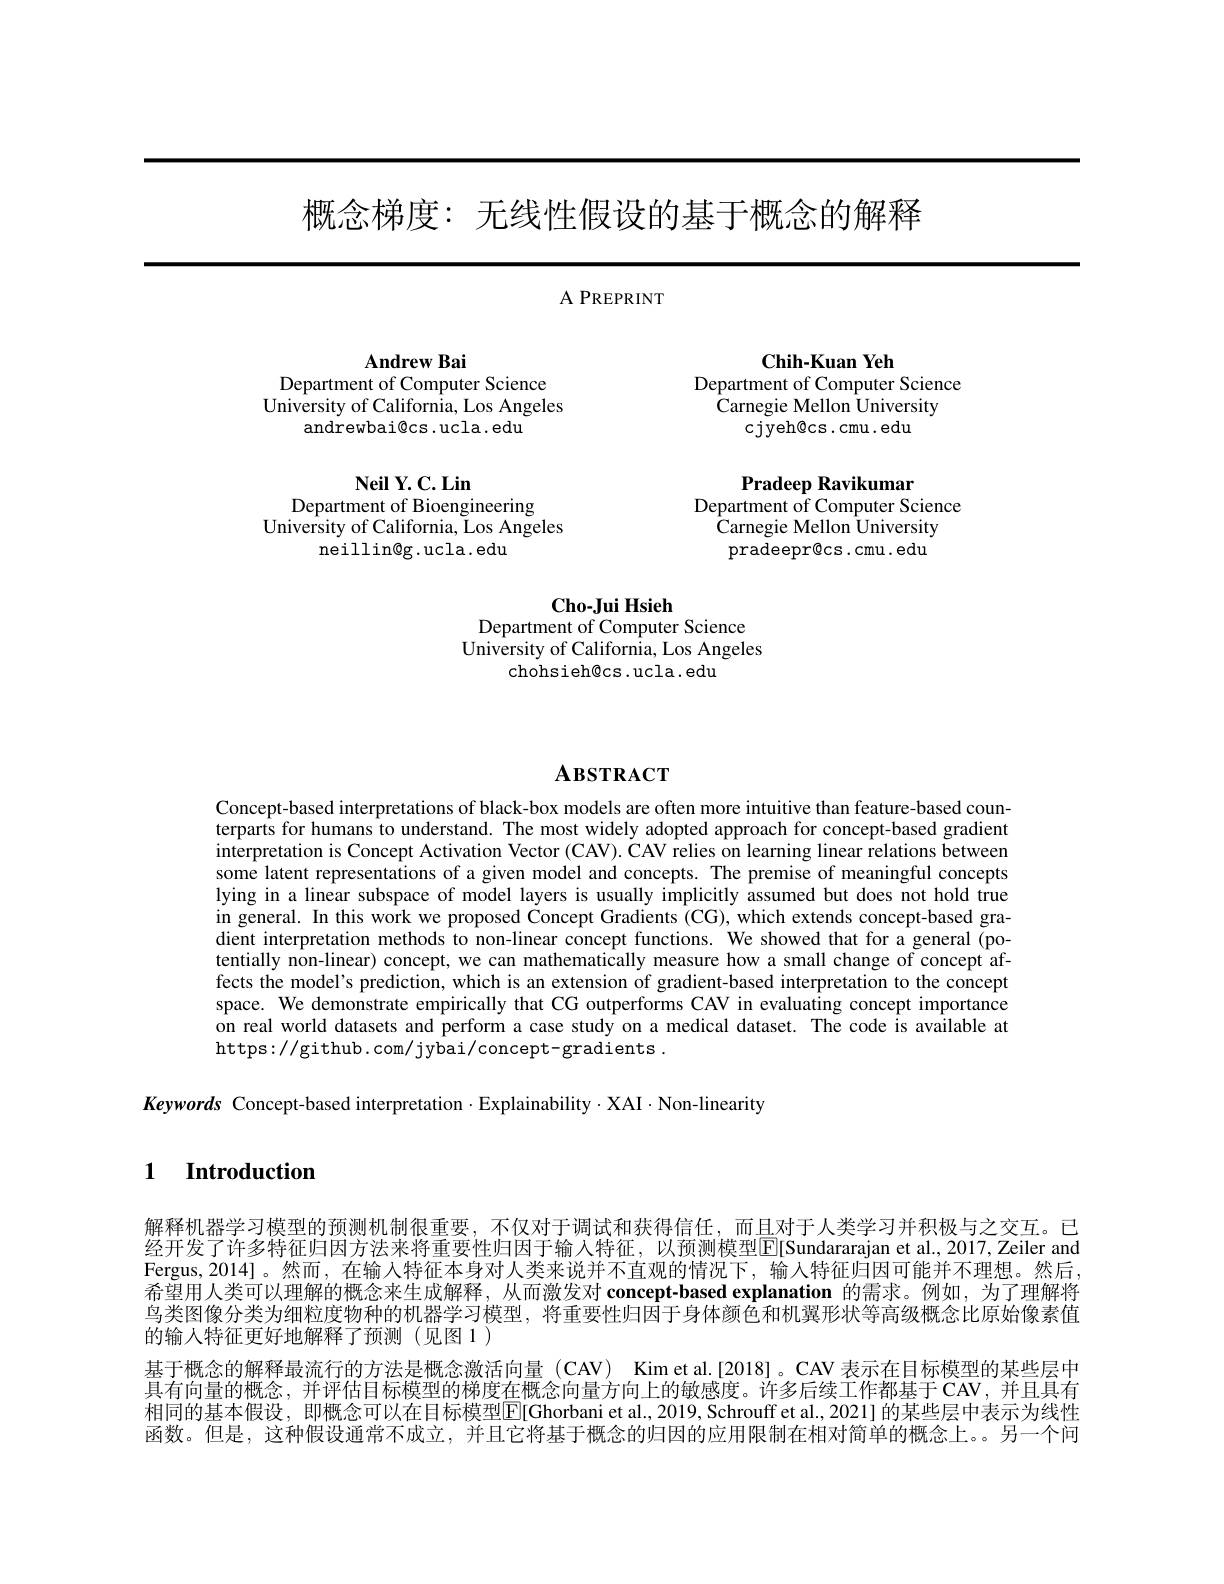
概念梯度：无线性假设的基于概念的解释

A PREPRINT

<FigureHere>

# $\mathbf{ABSTRACT}$

Concept-based interpretations of black-box models are often more intuitive than feature-based counterparts for humans to understand. The most widely adopted approach for concept-based gradient interpretation is Concept Activation Vector (CAV). CAV relies on learning linear relations between some latent representations of a given model and concepts. The premise of meaningful concepts lying in a linear subspace of model layers is usually implicitly assumed but does not hold true in general. In this work we proposed Concept Gradients (CG), which extends concept-based gradient interpretation methods to non-linear concept functions. We showed that for a general (potentially non-linear) concept, we can mathematically measure how a small change of concept affects the model's prediction, which is an extension of gradient-based interpretation to the concept space. We demonstrate empirically that CG outperforms CAV in evaluating concept importance on real world datasets and perform a case study on a medical dataset. The code is available at https://github.com/jybai/concept-gradients.

Keywords Concept-based interpretation $\cdot$Explainability$\cdot$XAI·Non-linearity

$\textbf{1}$ $\textbf{Introduction}$

解释机器学习模型的预测机制很重要，不仅对于调试和获得信任，而且对于人类学习并积极与之交互。已经开发了许多特征归因方法来将重要性归因于输入特征，以预测模型$\boxed{\mathrm{F}}[$Sundararajan et al., 2017, Zeiler and Fergus,2014]。然而，在输入特征本身对人类来说并不直观的情况下，输人特征归因可能并不理想。然后希望用人类可以理解的概念来生成解释，从而激发对 concept-based explanation 的需求。例如，为了理解将鸟类图像分类为细粒度物种的机器学习模型，将重要性归因于身体颜色和机翼形状等高级概念比原始像素值的输入特征更好地解释了预测(见图1)
基于概念的解释最流行的方法是概念激活向量 (CAV) Kim et al.[2018]。CAV 表示在目标模型的某些层中具有向量的概念，并评估目标模型的梯度在概念向量方向上的敏感度。许多后续工作都基于CAV，并且具有相同的基本假设，即概念可以在目标模型$\overline{\mathrm{E}}[$Ghorbani et al., 2019, Schrouff et al., 2021] 的某些层中表示为线性函数。但是，这种假设通常不成立，并且它将基于概念的归因的应用限制在相对简单的概念上。另一个问